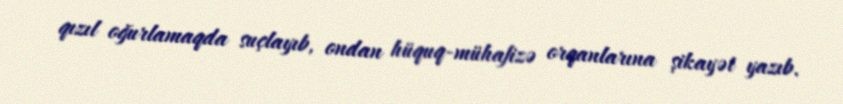
qızıl oğurlamaqda suçlayıb, ondan hüquq-mühafizə orqanlarına şikayət yazıb.